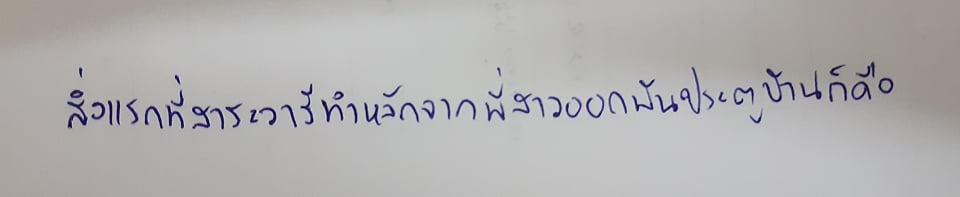
สิ่งแรกที่สาระวารีทำหลังจากพี่สาวออกพ้นประตูบ้านก็คือ